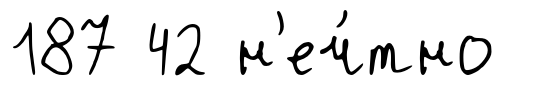
187 42 н'еч́тно